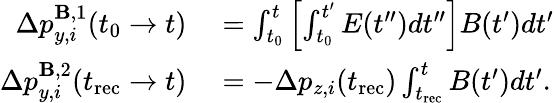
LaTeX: \begin{array}{rl}{\Delta p_{y,i}^{\mathbf{B},1}(t_{0}\to t)}&{{}=\int_{t_{0}}^{t}\left[\int_{t_{0}}^{t^{\prime}}E(t^{\prime\prime})dt^{\prime\prime}\right]B(t^{\prime})dt^{\prime}}\\ {\Delta p_{y,i}^{\mathbf{B},2}(t_{\mathrm{rec}}\to t)}&{{}=-\Delta p_{z,i}(t_{\mathrm{rec}})\int_{t_{\mathrm{rec}}}^{t}B(t^{\prime})dt^{\prime}.}\end{array}